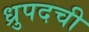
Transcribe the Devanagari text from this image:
ध्रुपदची